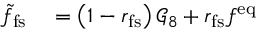
\begin{array} { r l } { \tilde { f } _ { \mathrm { f s } } } & { { } = \left( 1 - r _ { \mathrm { f s } } \right) \mathcal { G } _ { 8 } + r _ { \mathrm { f s } } f ^ { \mathrm { e q } } } \end{array}